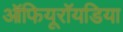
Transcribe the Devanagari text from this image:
ऑफियूरॉयडिया